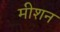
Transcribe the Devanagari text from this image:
मीशन